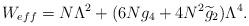
LaTeX: \begin{align*}W_{eff}=N\Lambda^2+(6Ng_4+4N^2\widetilde{g}_2)\Lambda^4.\end{align*}